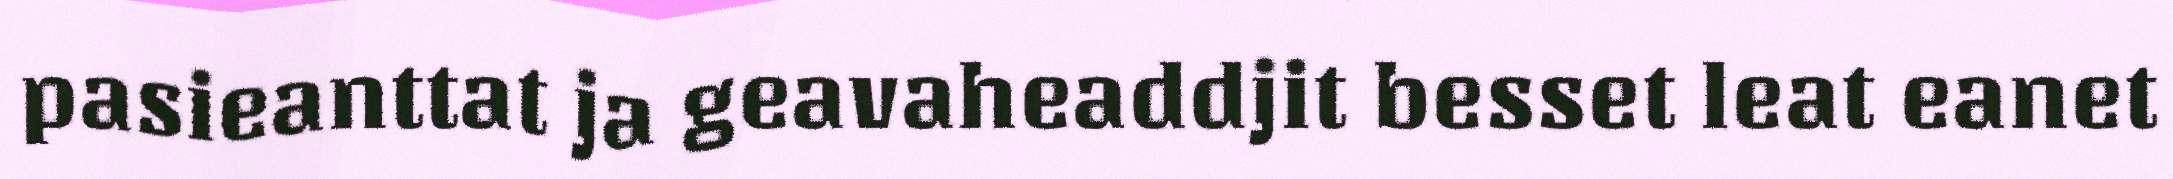
pasieanttat ja geavaheaddjit besset leat eanet